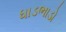
ધાડભાડો